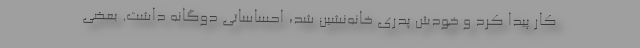
کار پیدا کرد و خودش پدری خانه‌نشین شد، احساساتی دوگانه داشت. بعضی